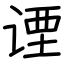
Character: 𬤇